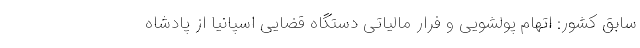
سابق کشور: اتهام پولشویی و فرار مالیاتی دستگاه قضایی اسپانیا از پادشاه